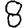
Digit: 8